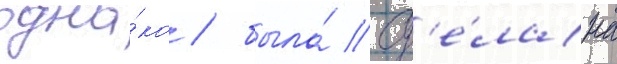
одна́ко / была́ сд'е́лана